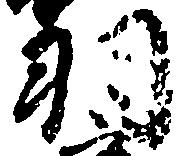
羽